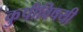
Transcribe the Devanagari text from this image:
कुपीविषयी